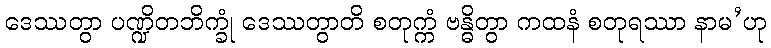
ဒေဿတွာ ပဏ္ဍိတဘိက္ခုံ ဒေဿတွာတိ စတုက္ကံ ဗန္ဓိတွာ ကထနံ စတုရဿာ နာမ’ဟု